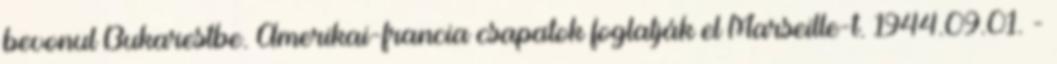
bevonul Bukarestbe. Amerikai-francia csapatok foglalják el Marseille-t. 1944.09.01. -